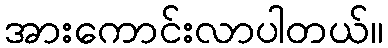
အားကောင်းလာပါတယ်။